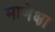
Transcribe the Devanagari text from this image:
माणेक्षा